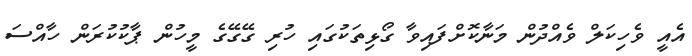
އެއީ ވެހިކަލް ވެއްދުން މަނާކޮށްފައިވާ ގޯޅިތަކުގައި ހުރި ގޭގޭގެ މީހުން ޕާކުކުރަން ހާއްސަ